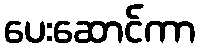
ပေးဆောင်ကာ